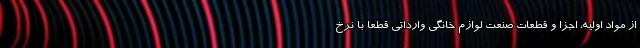
از مواد اولیه، اجزا و قطعات صنعت لوازم خانگی وارداتی قطعاً با نرخ